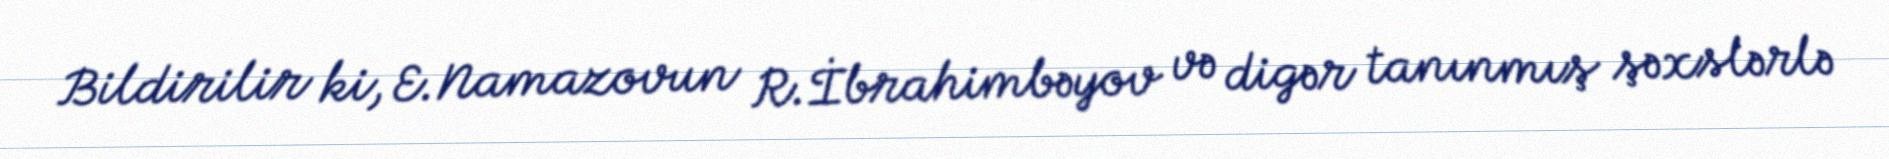
Bildirilir ki, E.Namazovun R.İbrahimbəyov və digər tanınmış şəxslərlə